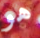
هو